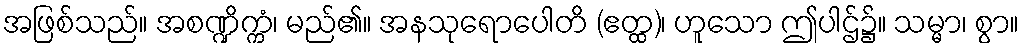
အဖြစ်သည်။ အစဏ္ဍိက္ကံ၊ မည်၏။ အနသုရောပေါတိ (ဧတ္ထ)၊ ဟူသော ဤပါဌ်၌။ သမ္မာ၊ စွာ။